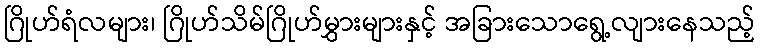
ဂြိုဟ်ရံလများ၊ ဂြိုဟ်သိမ်ဂြိုဟ်မွှားများနှင့် အခြားသောရွေ့လျားနေသည့်